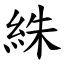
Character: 絑